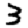
Digit: 3